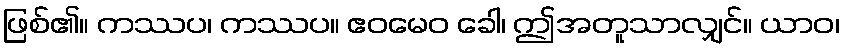
ဖြစ်၏။ ကဿပ၊ ကဿပ။ ဧဝမေဝ ခေါ၊ ဤအတူသာလျှင်။ ယာဝ၊